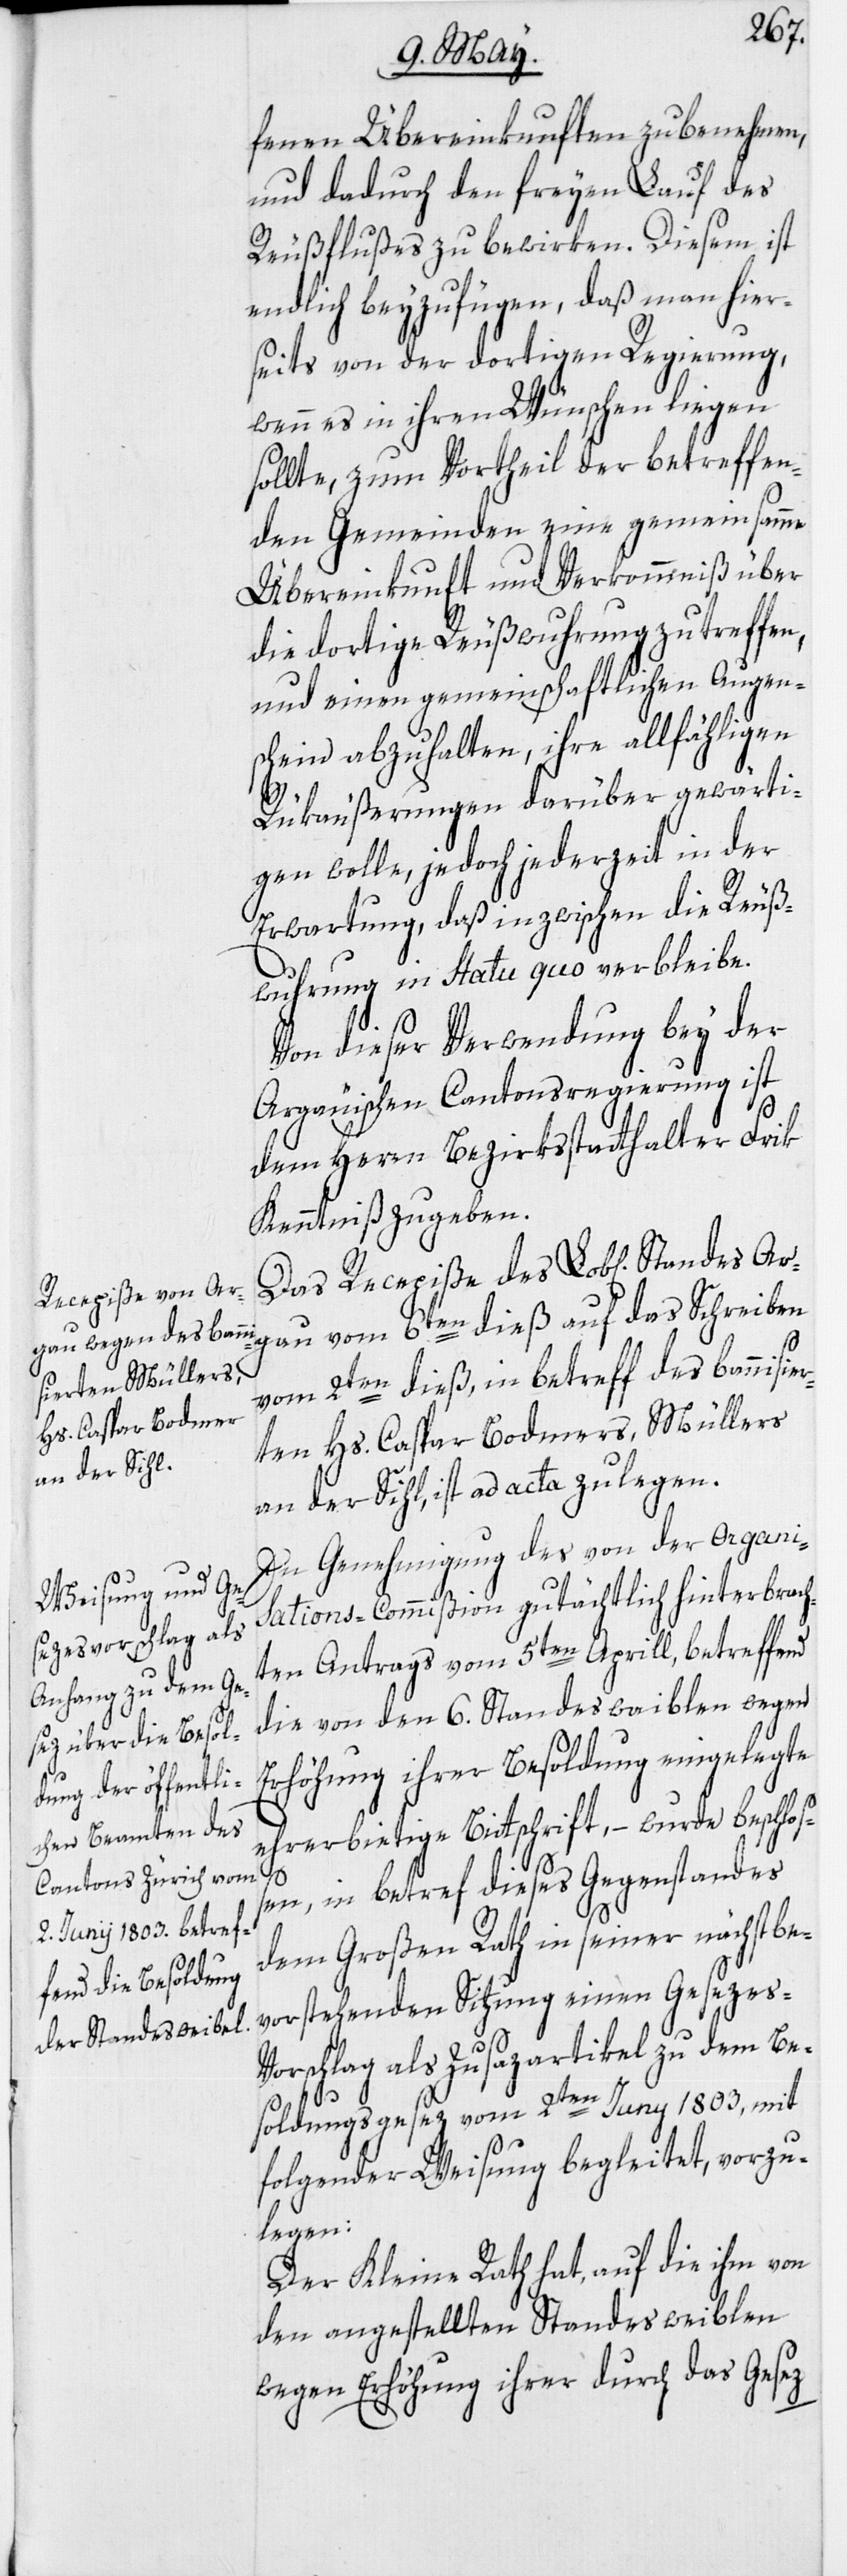
fenen Übereinkunften zu benehmen,
und dadurch den freyen Lauf des
Reußflußes zu bewirken. Diesem ist
endlich beyzufügen, daß man hier¬
seits von der dortigen Regierung,
wenn es in ihren Wünschen liegen
sollte, zum Vortheil der betreffen¬
den Gemeinden eine gemeinsamme
Übereinkunft und Verkommniß über
die dortige Reußwuhrung zu treffen,
und einen gemeinschaftlichen Augen¬
schein abzuhalten, ihre allfähligen
Rükäußerungen darüber gewärti¬
gen wolle, jedoch jederzeit in der
Erwartung, daß inzwischen die Reuß¬
wuhrung in Statu quo verbleibe.
Von dieser Verwendung bey der
Argauischen Cantonsregierung ist
dem Herrn Bezirksstatthalter Frik
Kenntniß zu geben.
Das Recepiße des Lob[lichen] St¬
andes Argau vom 6ten dieß auf das Schreiben
vom 2ten dieß, in betreff des bannisie¬
rten Hs. Caspar Bodmers, Müllers
an der Sihl, ist ad acta zu legen.
In Genehmigung des von der Organi¬
sations-Commißion gutächtlich hinterbracht¬
en Antrags vom 5ten Aprill, betreffend
die von den 6. Standeswaiblen wegen
Erhöhung ihrer Besoldung eingelegte
ehrerbietige Bittschrift, – wurde beschloß¬
en, in betref dieses Gegenstandes
dem Großen Rath in seiner nächstbe¬
vorstehenden Sitzung einen Gesezes-V¬
orschlag als Zusazartikel zu dem Be¬
soldungsgesez vom 2ten Juny 1803, mit
folgender Weisung begleitet, vorzu¬
legen:
Der Kleine Rath hat, auf die ihm von
den angestellten Standesweiblen
wegen Erhöhung ihrer durch das Gesez